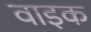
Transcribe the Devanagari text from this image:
वाइक